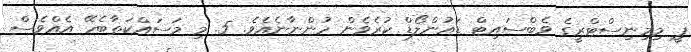
ޕީ މިމިނިސްޓްރީގެ ވެބްސައިޓް ޑައުންލޯޑް ކުރެވެން ހުންނާނެއެވެ. 5. މި މަސައްކަތާބެހޭ އެއްވެސް